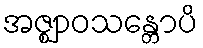
အဇ္ဈာဝသန္တောပိ